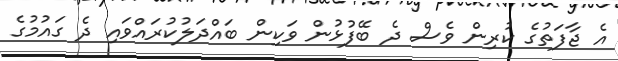
އެ ޖާފަތުގެ ކުރިން ވެސް ދެ ބޭފުޅުން ވަކިން ބައްދަލުކުރައްވައި ދެ ގައުމުގެ